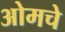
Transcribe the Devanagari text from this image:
ओमचे